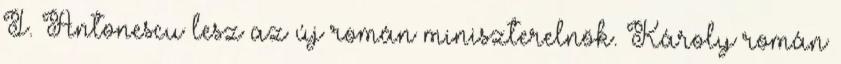
I. Antonescu lesz az új román miniszterelnök. Károly román